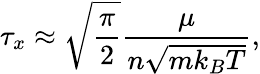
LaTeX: \tau_{x}\approx\sqrt{\frac{\pi}{2}}\frac{\mu}{n\sqrt{mk_{B}T}},